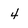
Character: 4